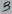
Text: 3